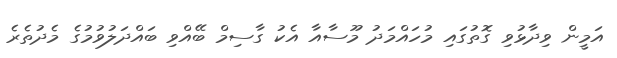
އަމީން ވިދާޅުވި ގޮތުގައި މުހައްމަދު މޫސާއާ އެކު ގާސިމް ބޭއްވި ބައްދަލުވުމުގެ މެދުތެރެ